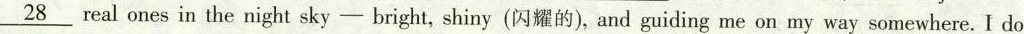
\underline{28} real ones in the night sky- bright, shiny (闪耀的), and guiding me on my way somewhere. I do